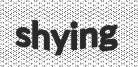
shying